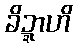
ခိဍ္ဍာဟိ